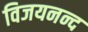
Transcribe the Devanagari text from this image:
विजयनन्द